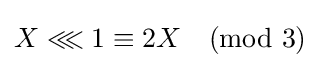
X\lll 1\equiv 2X{\pmod {3}}